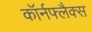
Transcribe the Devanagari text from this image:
कॉर्नफ्लैक्स